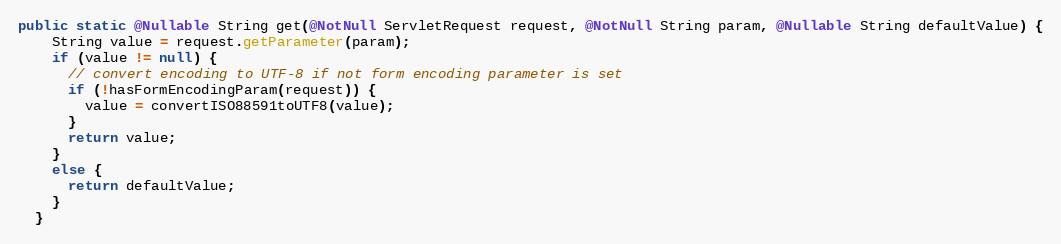
Language: Java
public static @Nullable String get(@NotNull ServletRequest request, @NotNull String param, @Nullable String defaultValue) {
    String value = request.getParameter(param);
    if (value != null) {
      // convert encoding to UTF-8 if not form encoding parameter is set
      if (!hasFormEncodingParam(request)) {
        value = convertISO88591toUTF8(value);
      }
      return value;
    }
    else {
      return defaultValue;
    }
  }